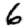
Digit: 6